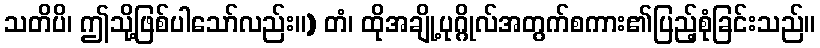
သတိပိ၊ ဤသို့ဖြစ်ပါသော်လည်း။) တံ၊ ထိုအချို့ပုဂ္ဂိုလ်အတွက်စကား၏ပြည့်စုံခြင်းသည်။